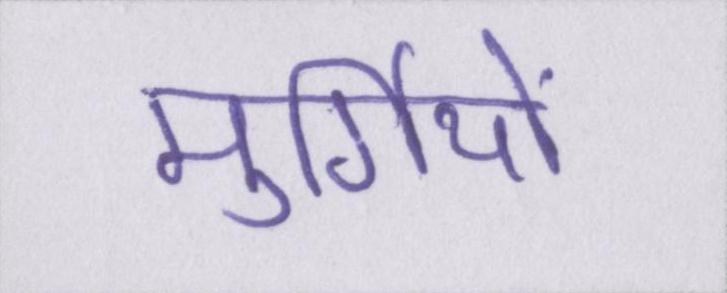
मुर्गियों